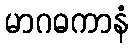
မာဂဓကာနံ